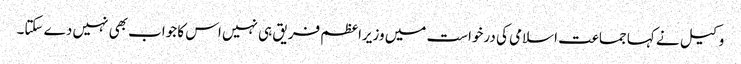
وکیل نے کہا جماعت اسلامی کی درخواست میں وزیراعظم فریق ہی نہیں اس کا جواب بھی نہیں دے سکتا۔